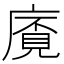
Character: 𢊡